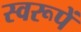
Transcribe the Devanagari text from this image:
स्वरूपें